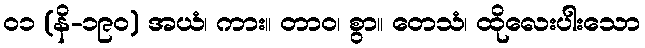
၀၁ (နိ-၁၉၀) အယံ၊ ကား။ တာဝ၊ စွာ။ တေသံ၊ ထိုလေးပါးသော